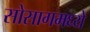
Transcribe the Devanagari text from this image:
सोसागमध्ये